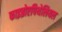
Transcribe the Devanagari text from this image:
फाइब्रोएपिथेलियल